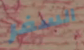
السفر